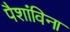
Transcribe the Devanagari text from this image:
पैशांविना